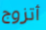
أتزوج